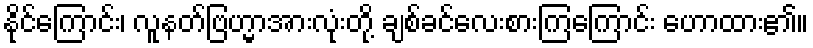
နိုင်ကြောင်း၊ လူနတ်ဗြဟ္မာအားလုံးတို့ ချစ်ခင်လေးစားကြကြောင်း ဟောထား၏။